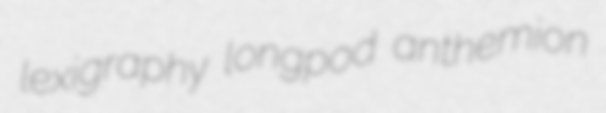
lexigraphy longpod anthemion